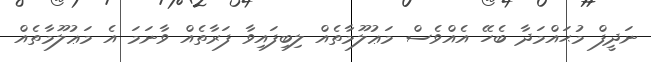
ނަދީފް މުޙައްމަދާ ބެހޭ އެއްވެސް މަޢުލޫމާތެއް ލިބިފައިވާ ފަރާތެއް ވާނަމަ އެ މަޢުލޫމާތެއް